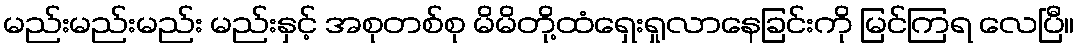
မည်းမည်းမည်း မည်းနှင့် အစုတစ်စု မိမိတို့ထံရှေးရှုလာနေခြင်းကို မြင်ကြရ လေပြီ။